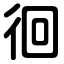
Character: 徊